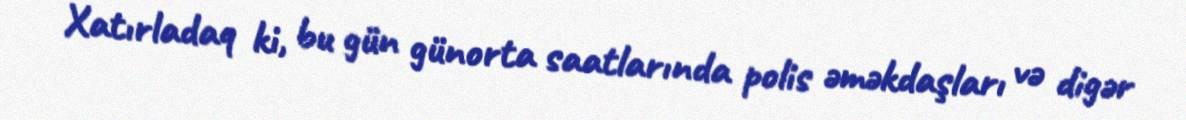
Xatırladaq ki, bu gün günorta saatlarında polis əməkdaşları və digər